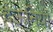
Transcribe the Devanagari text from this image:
देऊनियां